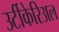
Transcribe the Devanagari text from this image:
उर्टीकेरिअल